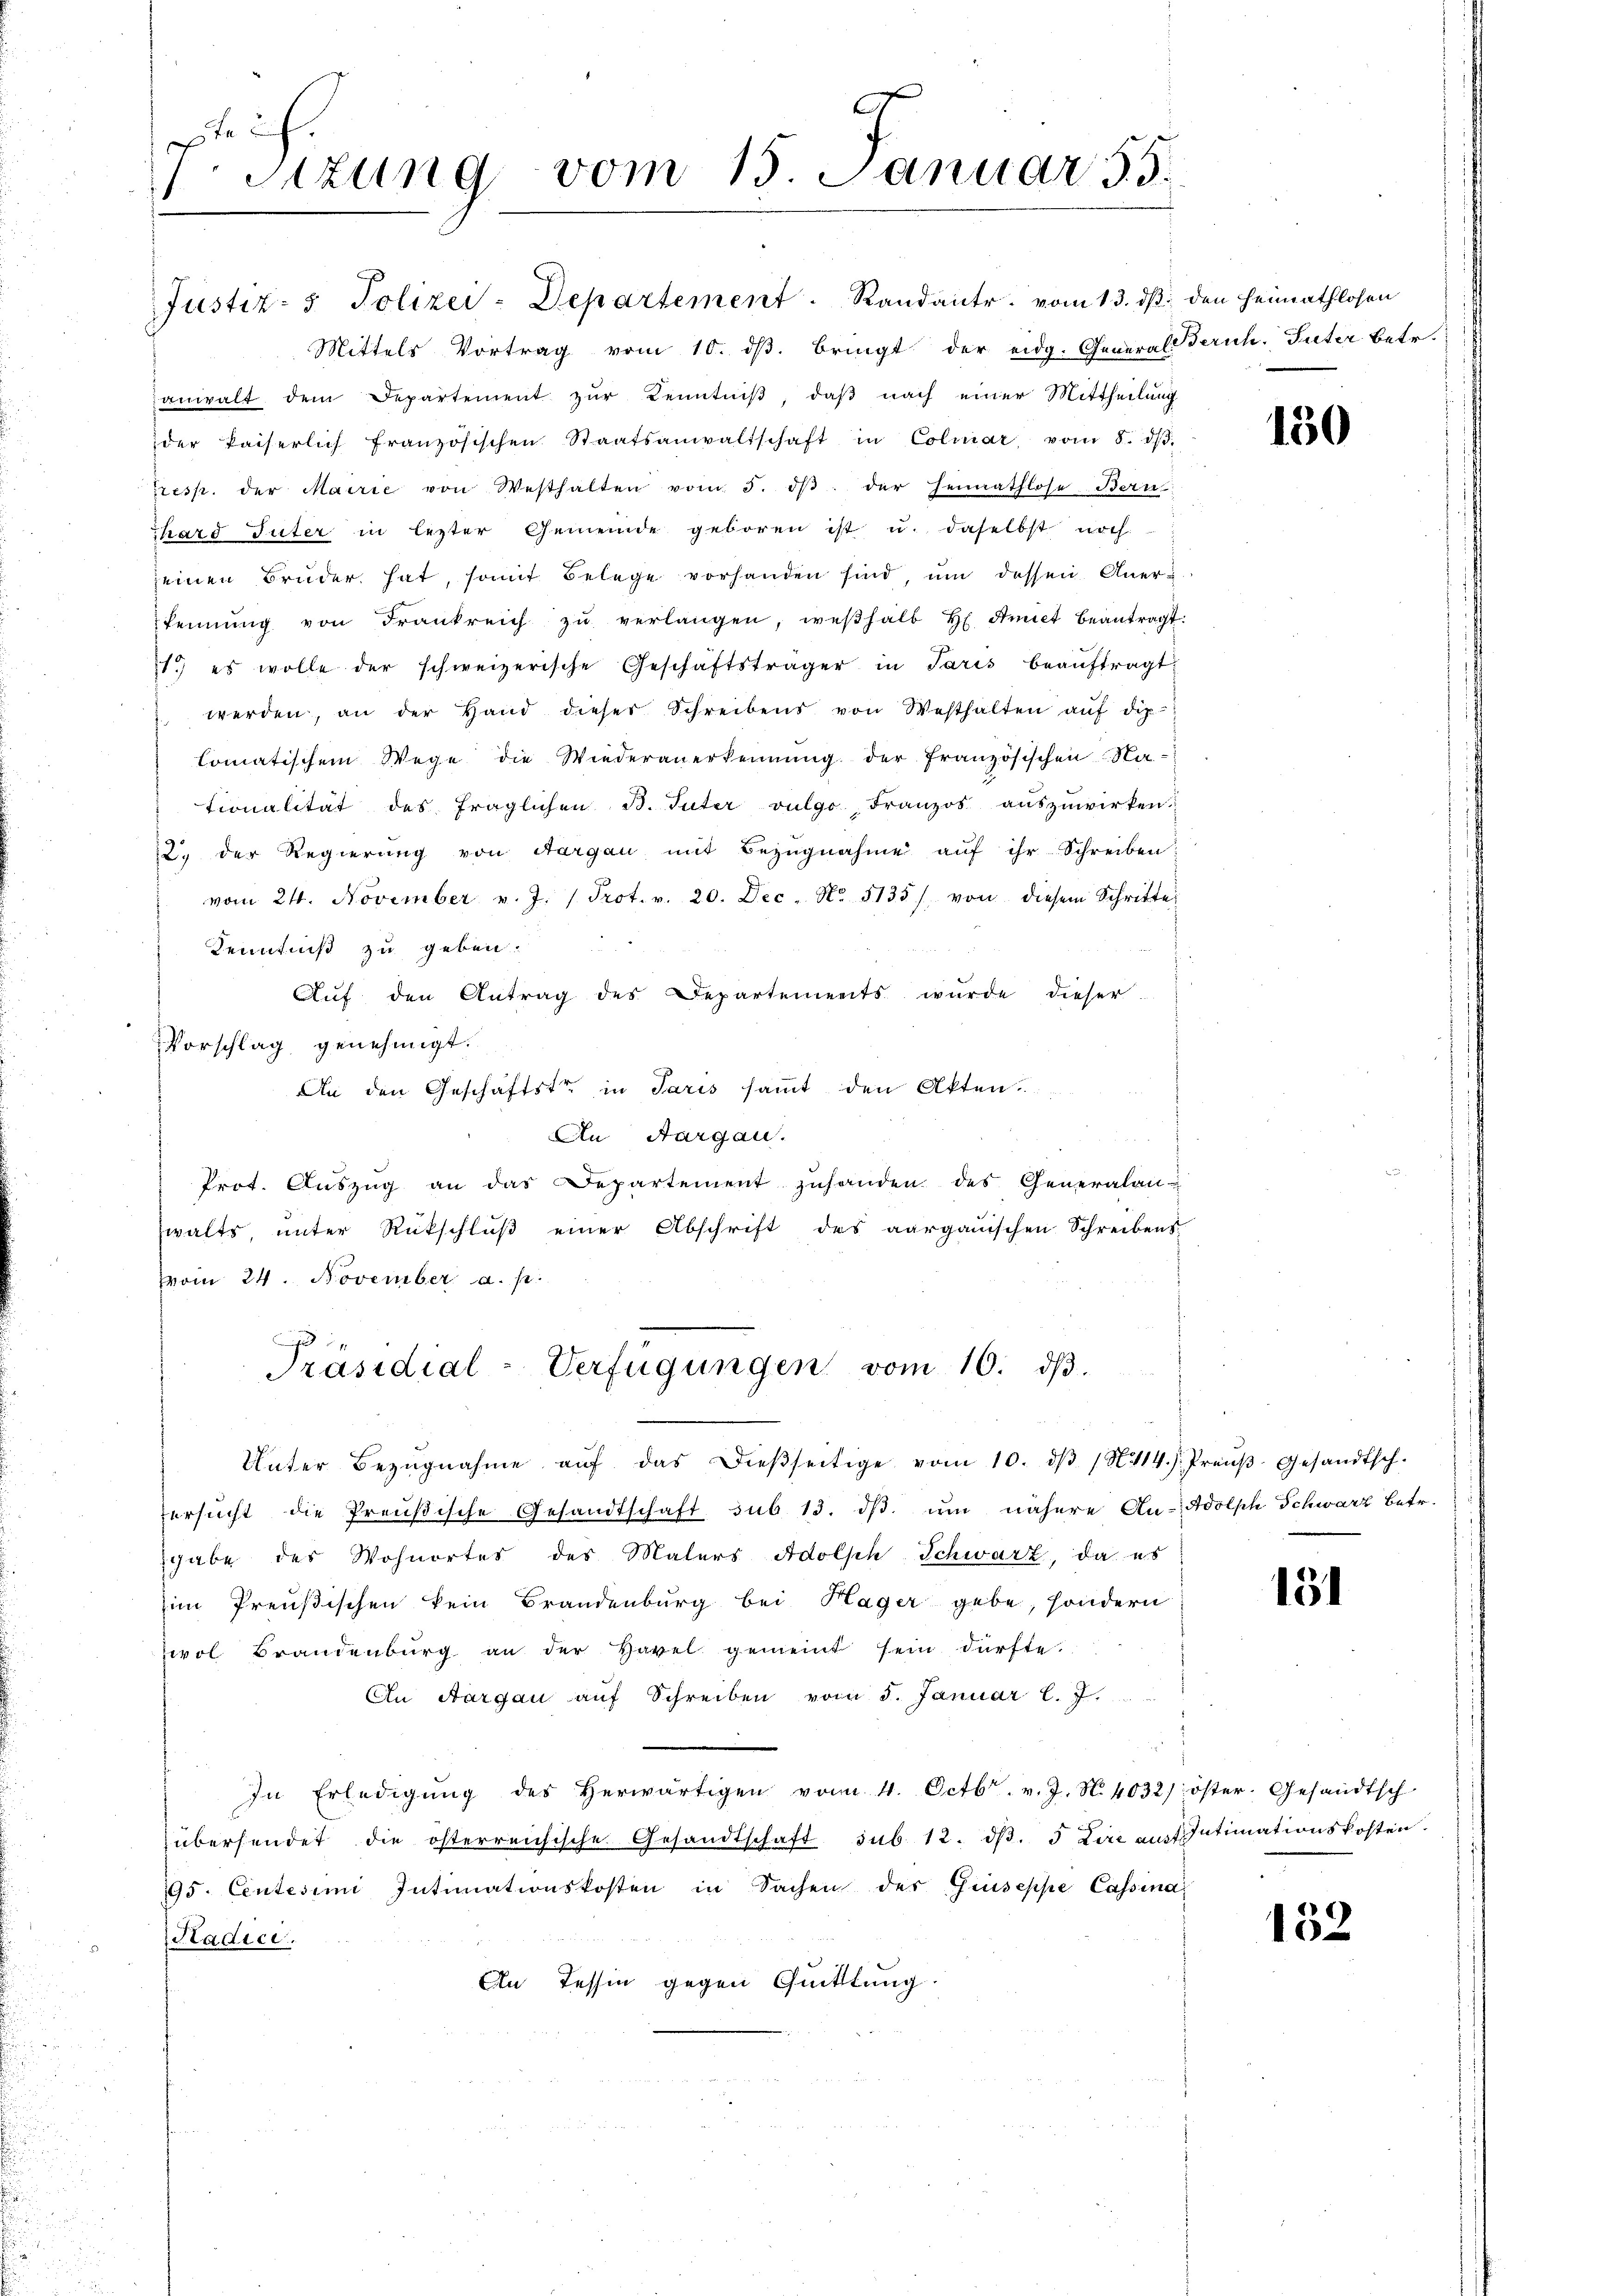
Sizung vom 15. Januar 55.
1

Justiz- & Polizei-Departement. Randante vom 13. ds. den Heimathlosen
Mittels Vortrag vom 10. dβ. bringt der eidg. General-
anwalt dem Departement zŭr Kenntniβ, daβ nach einer Mittheilŭng
der kaiserlich französischen Staatsanwaltschaft in Colmar, vom 8. dβ.
Tresp. der Mairie von Westhalten vom 5. dβ der Heimathlose Bern
hard Suter in lezter Gemeinde geboren ist u. daselbst noch
seinen Brüder hat, somit Belege vorhanden sind, um dessen Aner-
kennung von Frankreich zŭ verlangen, weβhalb H. Amiet beantragt:
1.) es wolle der schweizerische Geschäftsträger in Paris beaŭftragt,
werden, an der Hand dieser Schreibens von Westhalten aŭf dip
lomatischem Wege die Wiederanerkennung der französischen Ma-
tionalität des fraglichen D. Tuter vulgo, Franzos aŭszŭwirken
2. der Regierung von Aargau mit Bezŭgnahme aŭf ihr Schreiben;
vom 24. November v. J. Prot. v. 20. Dec. No. 5135) von diesem Schritte
Kenntniß zu geben.
Aŭf den Antrag des Departements wŭrde dieser
Vorschlag genehmigt.
An den Geschäftste in Paris saṁt den Akten.
An Aargau.
Prot. Aŭszŭg an das Departement zŭhanden des Generalan-
walts, unter Rückschluß einer Abschrift des aargauischen Schreibens-
Vom 24. November a. p.
Präsidial-Verfügungen vom 10. dβ.
Unter Bezŭgnahme aŭf das dieβseitige vom 10. dβ (N. 114.) Preŭβ-Gesandtsch.
ersŭcht die Preußische Gesandtschaft sub 13. dβ. ŭm nähere An-Adolph Schwarz betr.
sgabe des Wohnortes des Malers Adolph Schwarz, da es
im Preußischen kein Brandenburg bei Hager gebe, sondern
ol Brandenburg an der Havel gemeint sein dürfte.
An Aargau auf Schreiben vom 5. Januar l. J.
In Erledigŭng des herwärtigen vom 4. Octbr. v. J. N. 4032/ öster. Gesandtsch-
übersendet die österreichische Gesandtschaft sub. 12. dβ. 5 in auf Intimationskosten.
195. Centesim Intimationskosten in Sachen der Giuseppe Cassina
Stadice.
An Tessin gegen Quittlung

Zürich. Suter betr.

130

151

132